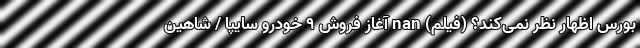
بورس اظهار نظر نمی‌کند؟ (فیلم) nan آغاز فروش 9 خودرو سایپا / شاهین